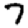
Digit: 7